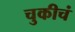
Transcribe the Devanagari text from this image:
चुकीचं